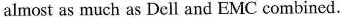
almost as much as Dell and EMC combined.